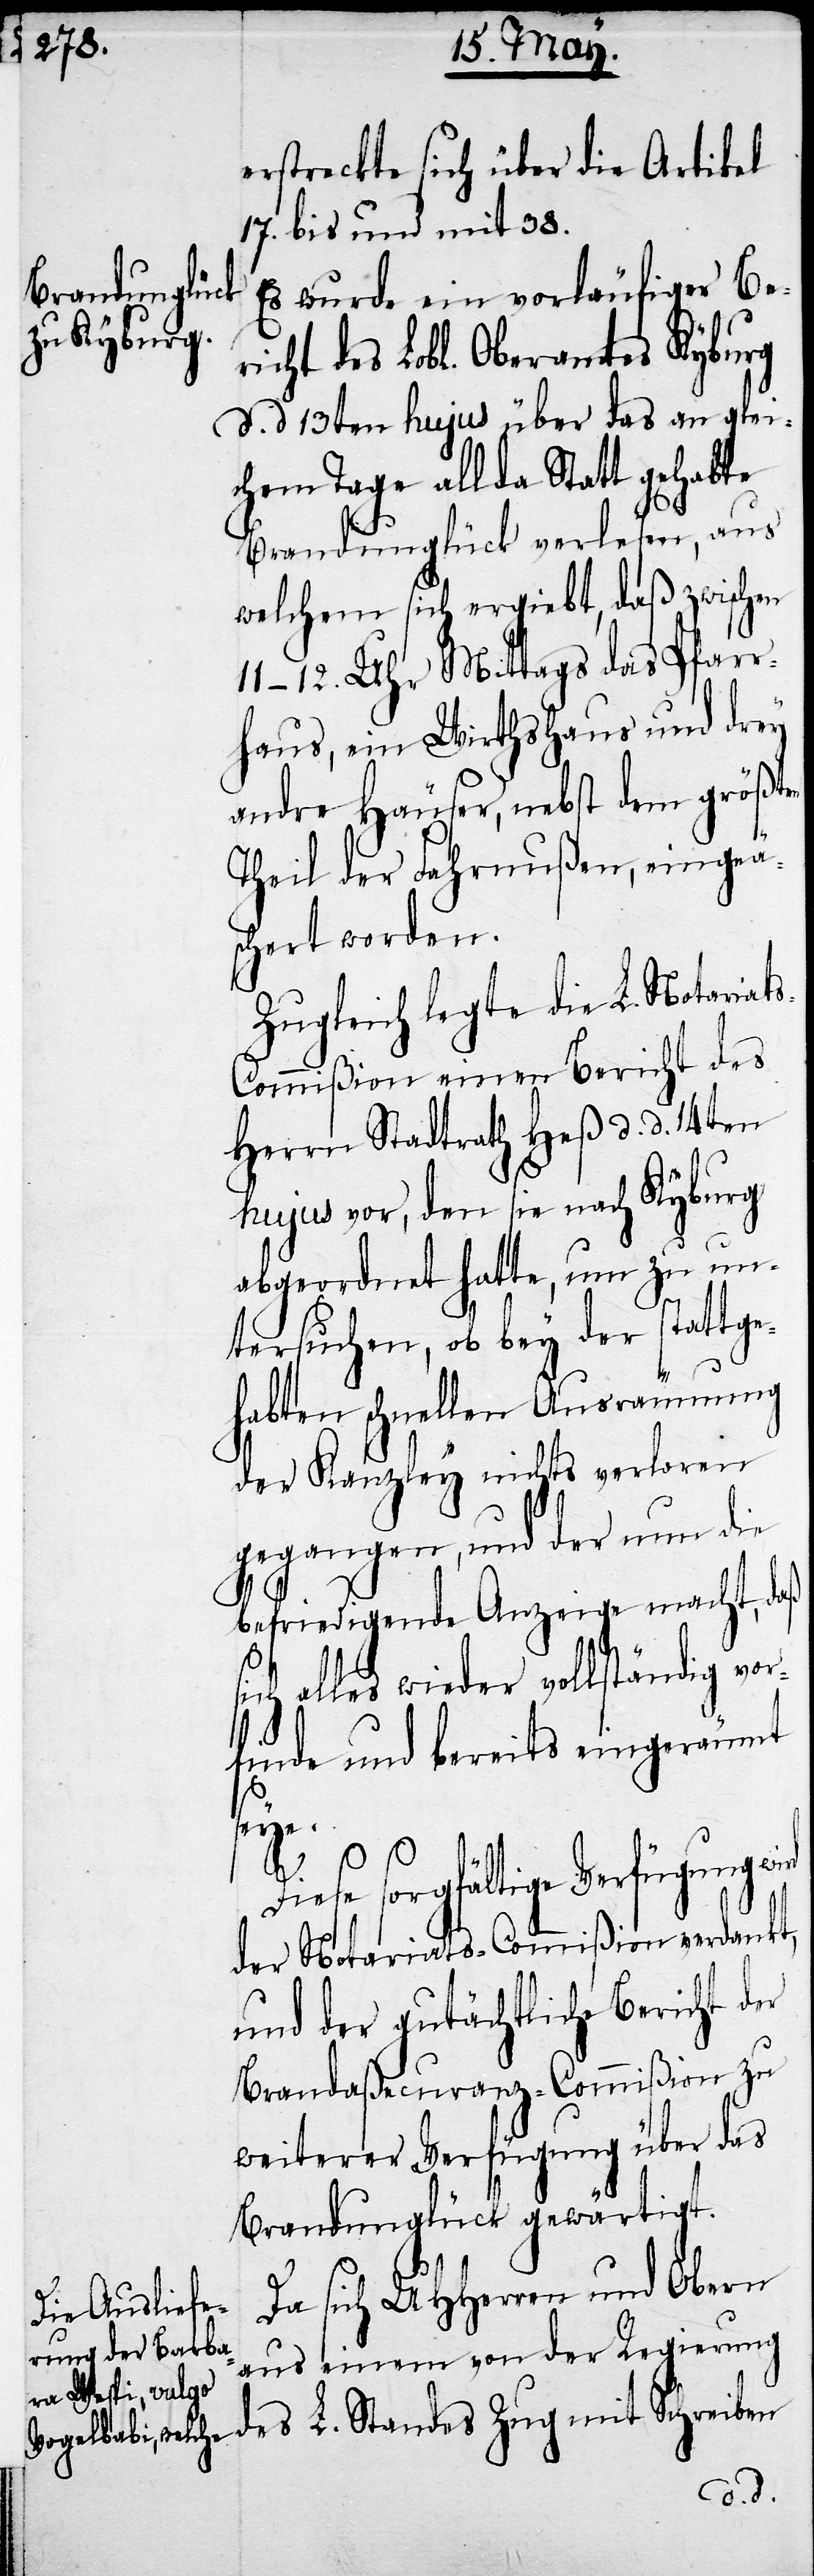
erstreckte sich über die Artikel
17. bis und mit 38.
Es wurde ein vorläufiger Ber¬
icht des Lobl. Oberamtes Kyburg
d. d. 13ten hujus über das an glei¬
chem Tage allda Statt gehabte
Brandunglück verlesen, aus
welchem sich ergiebt, daß zwischen
11–12. Uhr Mittags das Pfarr¬
haus, ein Wirthshaus und drey
andre Häuser, nebst dem größten
Theil der Fahrnußen, eingeä¬
schert worden.
Zugleich legte die L. Notariat¬
ommißion einen Bericht des
Herrn Stadtrath Heß d. d. 14ten
hujus vor, den sie nach Kyburg
abgeordnet hatte, um zu un¬
tersuchen, ob bey der stattge¬
habten schnellen Ausräumung
der Kanzley nichts verloren
gegangen, und der nun die
befriedigende Anzeige macht, daß
sich alles wieder vollständig vor¬
finde und bereits eingeräumt
wird
sorgfältige Verfügung
der Notariats-Commißion verdankt,
und der gutächtliche Bericht der
Brandaßecuranz-Commißion zu
weiterer Verfügung über das
Brandunglück gewärtigt.
Da sich UHHerren und Obern
aus eiem von der Regierung
des L. Standes Zug mit Schreiben